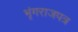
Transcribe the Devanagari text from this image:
भृंगराजपत्र